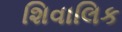
શિવાલિક